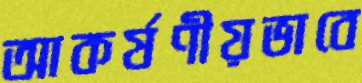
আকর্ষণীয়ভাবে